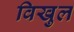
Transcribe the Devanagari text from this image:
विखुल